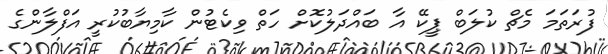
ފުރަތަމަ މެޗް ކުލަބް ޕީކޭ އާ ބައްދަލުކޮށް ހަތް ވިކެޓުން ކާމިޔާބުކުރީ އަފްލާންގެ